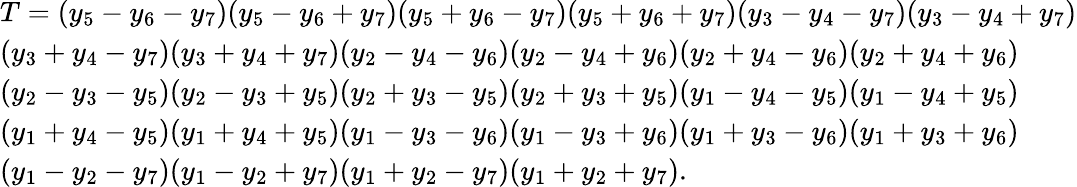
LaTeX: \begin{array}{l}{T=(y_{5}-y_{6}-y_{7})(y_{5}-y_{6}+y_{7})(y_{5}+y_{6}-y_{7})(y_{5}+y_{6}+y_{7})(y_{3}-y_{4}-y_{7})(y_{3}-y_{4}+y_{7})}\\ {(y_{3}+y_{4}-y_{7})(y_{3}+y_{4}+y_{7})(y_{2}-y_{4}-y_{6})(y_{2}-y_{4}+y_{6})(y_{2}+y_{4}-y_{6})(y_{2}+y_{4}+y_{6})}\\ {(y_{2}-y_{3}-y_{5})(y_{2}-y_{3}+y_{5})(y_{2}+y_{3}-y_{5})(y_{2}+y_{3}+y_{5})(y_{1}-y_{4}-y_{5})(y_{1}-y_{4}+y_{5})}\\ {(y_{1}+y_{4}-y_{5})(y_{1}+y_{4}+y_{5})(y_{1}-y_{3}-y_{6})(y_{1}-y_{3}+y_{6})(y_{1}+y_{3}-y_{6})(y_{1}+y_{3}+y_{6})}\\ {(y_{1}-y_{2}-y_{7})(y_{1}-y_{2}+y_{7})(y_{1}+y_{2}-y_{7})(y_{1}+y_{2}+y_{7}).}\end{array}